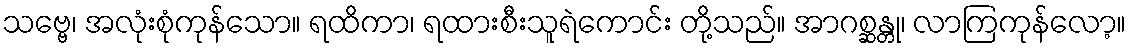
သဗ္ဗေ၊ အလုံးစုံကုန်သော။ ရထိကာ၊ ရထားစီးသူရဲကောင်း တို့သည်။ အာဂစ္ဆန္တု၊ လာကြကုန်လော့။